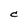
Character: C